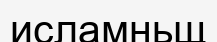
исламньщ